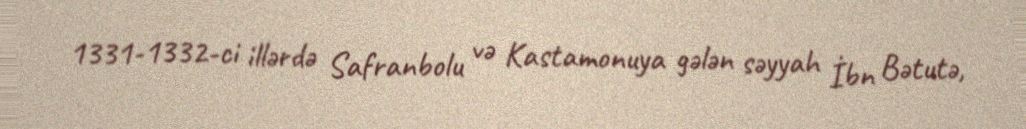
1331-1332-ci illərdə Safranbolu və Kastamonuya gələn səyyah İbn Bətutə,